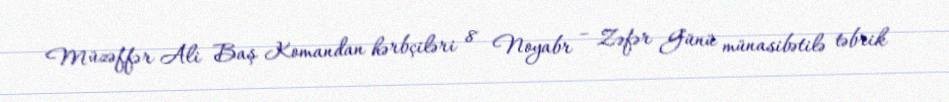
Müzəffər Ali Baş Komandan hərbçiləri 8 Noyabr – Zəfər Günü münasibətilə təbrik